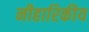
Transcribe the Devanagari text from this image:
नीहारिकीय